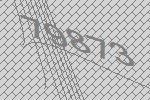
79873